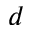
d